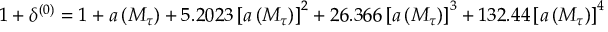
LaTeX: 1 + \delta ^ { ( 0 ) } = 1 + a \left( M _ { \tau } \right) + 5 . 2 0 2 3 \left[ a \left( M _ { \tau } \right) \right] ^ { 2 } + 2 6 . 3 6 6 \left[ a \left( M _ { \tau } \right) \right] ^ { 3 } + 1 3 2 . 4 4 \left[ a \left( M _ { \tau } \right) \right] ^ { 4 }